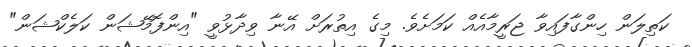
ކަތިލަން ހިންގާފައިވާ ޖަރީމާއެއް ކަމަށެވެ. މިގެ އިތުރަށް އޭނާ ވިދާޅުވީ "އިންފޮމޭޝަން ކަލެކްޝަން"